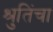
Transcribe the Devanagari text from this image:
श्रुतिंचा